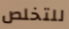
للتخلص